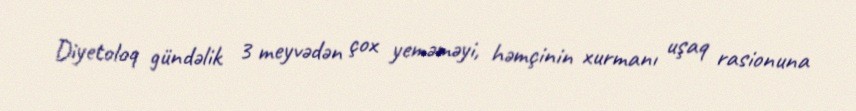
Diyetoloq gündəlik 3 meyvədən çox yeməməyi, həmçinin xurmanı uşaq rasionuna